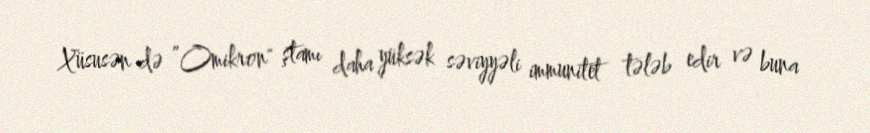
Xüsusən də ”Omikron" ştamı daha yüksək səviyyəli immunitet tələb edir və buna